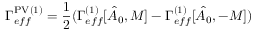
\Gamma _ { e f f } ^ { \mathrm { P V } ( 1 ) } = { \frac { 1 } { 2 } } ( \Gamma _ { e f f } ^ { ( 1 ) } [ \hat { A } _ { 0 } , M ] - \Gamma _ { e f f } ^ { ( 1 ) } [ \hat { A } _ { 0 } , - M ] )